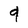
Character: 9